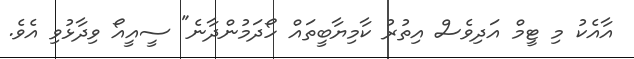
އާއެކު މި ޓީމް އަދިވެސް އިތުރު ކާމިޔާބީތައް ހޯދަމުންދާނެ" ސީއީއޯ ވިދާޅުވި އެވެ.